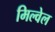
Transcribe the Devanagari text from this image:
मिल्वेल